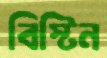
বিস্টিন